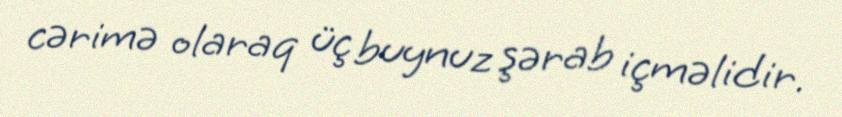
cərimə olaraq üç buynuz şərab içməlidir.